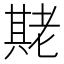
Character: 𬚌